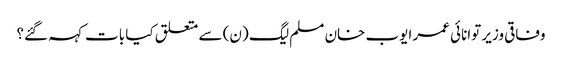
وفاقی وزیر توانائی عمر ایوب خان مسلم لیگ (ن) سے متعلق کیا بات کہہ گئے؟